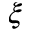
\xi